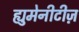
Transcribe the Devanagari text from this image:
ह्युमेनीटीज़